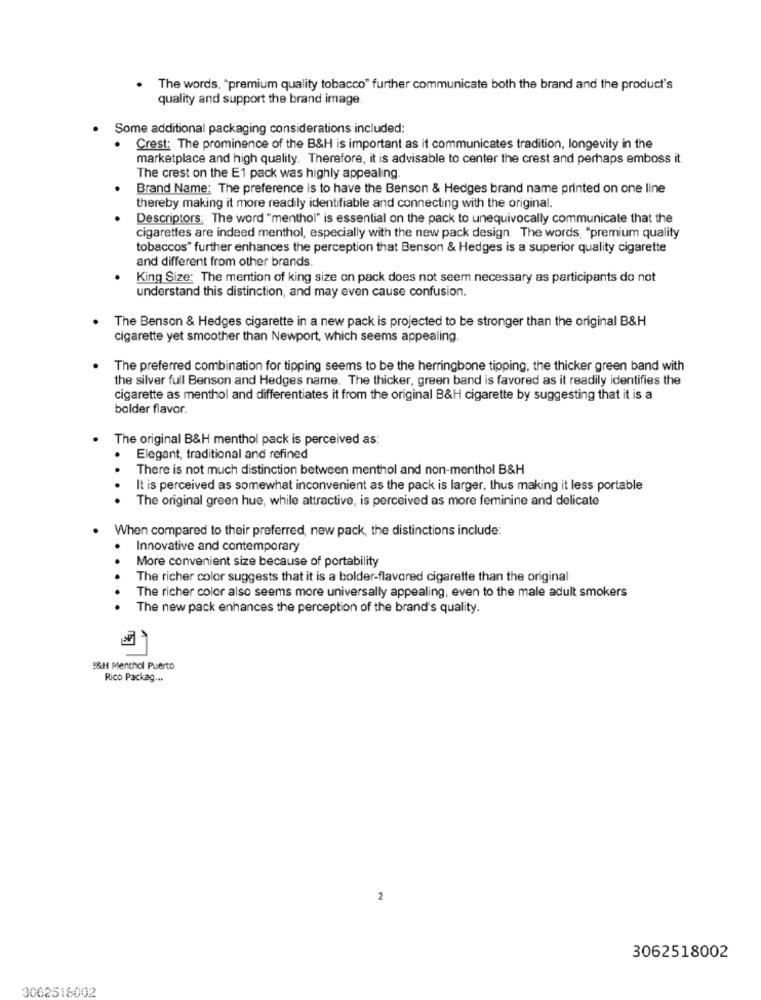
The words, "premium quality tobacco" further communicate both the brand and the product's
quality and support the brand image
Some additional packaging considerations included:
Crest: The prominence of the B&H is important as it communicates tradition, longevity in the
marketplace and high quality. Therefore, it is advisable to center the crest and perhaps emboss it
The crest on the E1 pack was highly appealing.
Brand Name: The preference is to have the Benson & Hedges brand name printed on one line
thereby making it more readily identifiable and connecting with the original.
Descriptors: The word "menthol" is essential on the pack to unequivocally communicate that the
cigarettes are indeed menthol, especially with the new pack design. The words "premium quality
tobaccos" further enhances the perception that Benson & Hedges is a superior quality cigarette
and different from other brands.
King Size: The mention of king size on pack does not seem necessary as participants do not
understand this distinction, and may even cause confusion.
The Benson & Hedges cigarette in a new pack is projected to be stronger than the original B&H
cigarette yet smoother than Newport, which seems appealing.
The preferred combination for tipping seems to be the herringbone tipping, the thicker green band with
the silver full Benson and Hedges name. The thicker, green band is favored as it readily identifies the
cigarette as menthol and differentiates it from the original B&H cigarette by suggesting that it is a
bolder flavor.
. The original B&H menthol pack is perceived as:
.
Elegant, traditional and refined
There is not much distinction between menthol and non-menthol B&H
It is perceived as somewhat inconvenient as the pack is larger, thus making it less portable
The original green hue, while attractive, is perceived as more feminine and delicate
When compared to their preferred, new pack, the distinctions include:
Innovative and contemporary
More convenient size because of portability
The richer color suggests that it is a bolder-flavored cigarette than the original
The richer color also seems more universally appealing, even to the male adult smokers
The new pack enhances the perception of the brand's quality.
A
I&H Menthol Puerto
Rico Packag ...
2
3062518002
3062518002